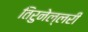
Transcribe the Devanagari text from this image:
तिरुनेल्लरी